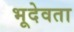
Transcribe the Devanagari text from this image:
भूदेवता